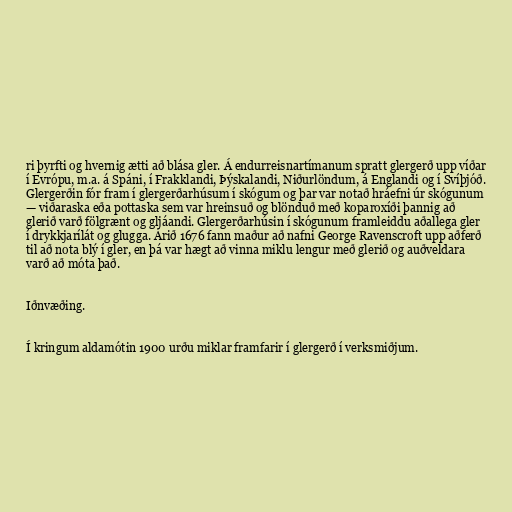
ri þyrfti og hvernig ætti að blása gler. Á endurreisnartímanum spratt glergerð upp víðar
í Evrópu, m.a. á Spáni, í Frakklandi, Þýskalandi, Niðurlöndum, á Englandi og í Svíþjóð.
Glergerðin fór fram í glergerðarhúsum í skógum og þar var notað hráefni úr skógunum
— viðaraska eða pottaska sem var hreinsuð og blönduð með koparoxíði þannig að
glerið varð fölgrænt og gljáandi. Glergerðarhúsin í skógunum framleiddu aðallega gler
í drykkjarílát og glugga. Árið 1676 fann maður að nafni George Ravenscroft upp aðferð
til að nota blý í gler, en þá var hægt að vinna miklu lengur með glerið og auðveldara
varð að móta það.

Iðnvæðing.

Í kringum aldamótin 1900 urðu miklar framfarir í glergerð í verksmiðjum.